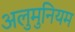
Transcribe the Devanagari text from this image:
अलुमुनियम